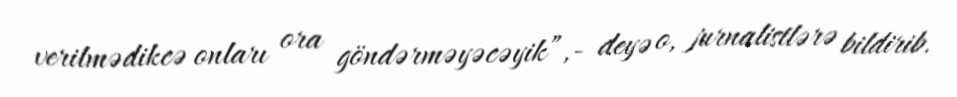
verilmədikcə onları ora göndərməyəcəyik”,- deyə o, jurnalistlərə bildirib.